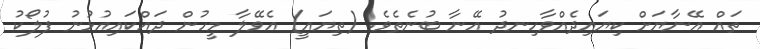
ތައް އޭނާޔަށް ކިޔައިދެއްވާހިނދު އޭނާ ބުނެތެވެ. (ތިޔައީ) އެވޭލާ މީހުން ދައްކައިއުޅުނު ފުލޯކު